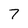
Character: 7